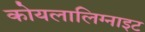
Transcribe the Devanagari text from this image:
कोयलालिग्नाइट